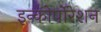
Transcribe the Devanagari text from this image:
इन्कोर्पाेरेशन